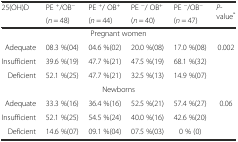
<table><thead><tr><td rowspan="2"><b>25(OH)D</b></td><td><b>PE <sup>+</sup>/OB<sup>−</sup></b></td><td><b>PE <sup>+</sup>/ OB<sup>+</sup></b></td><td><b>PE <sup>−</sup>/ OB<sup>+</sup></b></td><td><b>PE <sup>−</sup>/OB<sup>−</sup></b></td><td rowspan="2"><b><i>P</i>-value<sup>*</sup></b></td></tr><tr><td><b>(<i>n</i> = 48)</b></td><td><b>(<i>n</i> = 44)</b></td><td><b>(<i>n</i> = 40)</b></td><td><b>(<i>n</i> = 47)</b></td></tr></thead><tbody><tr><td colspan="6">Pregnant women</td></tr><tr><td>Adequate</td><td>08.3 %(04)</td><td>04.6 %(02)</td><td>20.0 %(08)</td><td>17.0 %(08)</td><td rowspan="3">0.002</td></tr><tr><td>Insufficient</td><td>39.6 %(19)</td><td>47.7 %(21)</td><td>47.5 %(19)</td><td>68.1 %(32)</td></tr><tr><td>Deficient</td><td>52.1 %(25)</td><td>47.7 %(21)</td><td>32.5 %(13)</td><td>14.9 %(07)</td></tr><tr><td colspan="6">Newborns</td></tr><tr><td>Adequate</td><td>33.3 %(16)</td><td>36.4 %(16)</td><td>52.5 %(21)</td><td>57.4 %(27)</td><td rowspan="3">0.06</td></tr><tr><td>Insufficient</td><td>52.1 %(25)</td><td>54.5 %(24)</td><td>40.0 %(16)</td><td>42.6 %(20)</td></tr><tr><td>Deficient</td><td>14.6 %(07)</td><td>09.1 %(04)</td><td>07.5 %(03)</td><td>0 % (0)</td></tr></tbody></table>